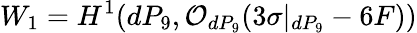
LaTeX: W_{1}=H^{1}(dP_{9},{\cal O}_{dP_{9}}(3\sigma|_{dP_{9}}-6F))